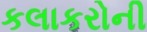
કલાકરોની